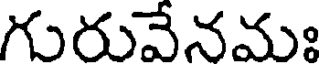
గురువేనమః